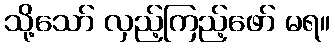
သို့သော် လှည့်ကြည့်ဖော် မရ။